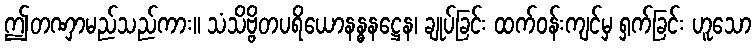
ဤတဏှာမည်သည်ကား။ သံသိဗ္ဗိတပရိယောနန္ဓနဋ္ဌေန၊ ချုပ်ခြင်း ထက်ဝန်းကျင်မှ ရှက်ခြင်း ဟူသော